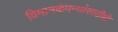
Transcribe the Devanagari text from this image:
विमानकंपन्यांसाठीही